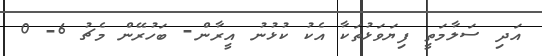
އަދި ސަލާމަތީ ފިޔަވަޅުތަކާ އެކު ކުޅުނު އީރާން- ބަހުރޭން މެޗު 6- 0